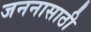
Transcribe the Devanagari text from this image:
जननासाठी